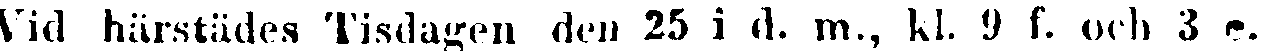
Vid härstädes Tisdagen den 25 i d. m., kl. 9 f. och 3 .